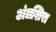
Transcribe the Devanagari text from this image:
अंतशिरा